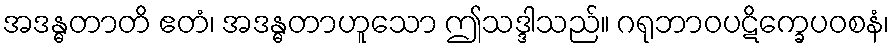
အဒန္ဓတာတိ ဧတံ၊ အဒန္ဓတာဟူသော ဤသဒ္ဒါသည်။ ဂရုဘာဝပဋိက္ခေပဝစနံ၊